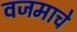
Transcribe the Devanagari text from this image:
वजमाचे